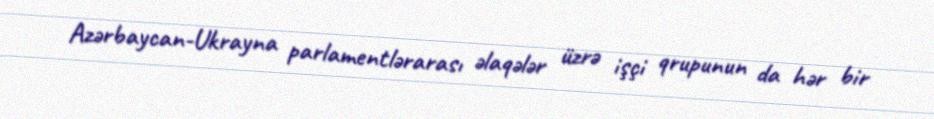
Azərbaycan-Ukrayna parlamentlərarası əlaqələr üzrə işçi qrupunun da hər bir